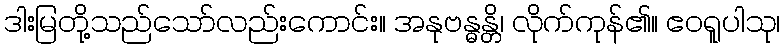
ဒါးမြတို့သည်သော်လည်းကောင်း။ အနုဗန္ဓန္တိ၊ လိုက်ကုန်၏။ ဧဝရူပါသု၊